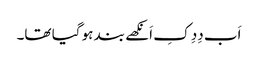
اَب دِدِ کِ اَنکھے بند ہو گیا تھا۔